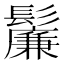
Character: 𬴯